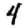
Digit: 4